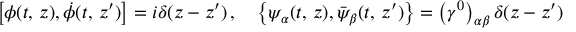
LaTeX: \left[ \phi ( t , \, z ) , \dot { \phi } ( t , \, z ^ { \prime } ) \right] = i \delta ( z - z ^ { \prime } ) \, , \quad \left\{ \psi _ { \alpha } ( t , \, z ) , \bar { \psi } _ { \beta } ( t , \, z ^ { \prime } ) \right\} = \left( \gamma ^ { 0 } \right) _ { \alpha \beta } \delta ( z - z ^ { \prime } )